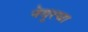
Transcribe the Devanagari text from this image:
नेबूरचा